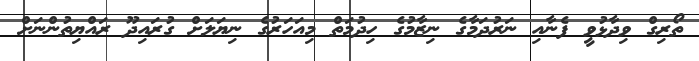
ތޯރިގް ވިދާޅުވީ ފެނާއި ނަރުދަމާގެ ނިޒާމުގެ ހިދުމަތް މިއަހަރުގެ ނިޔަލަށް ގުރައިދޫ ރައްޔިތުންނަށް